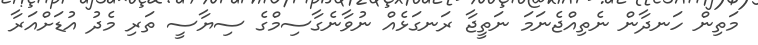
މަތިން ހަނދާން ނެތިއްޖެނަމަ ނަތީޖާ ރަނގަޅެއް ނުވާނެގާސިމްގެ ސިޔާސީ ތަރި މެދު އުޑަށްއަރާ